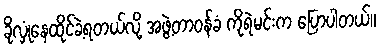
ခိုလှုံနေထိုင်ခဲ့ရတယ်လို့ အဖွဲ့တာဝန်ခံ ကိုရဲမင်းက ပြောပါတယ်။